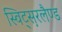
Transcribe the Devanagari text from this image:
स्विट्स़रलैण्ड